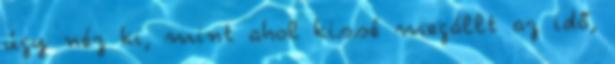
úgy néz ki, mint ahol kissé megállt az idő,